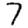
Digit: 7